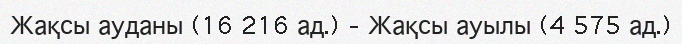
Жақсы ауданы (16 216 ад.) – Жақсы ауылы (4 575 ад.)